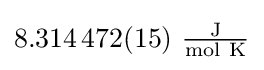
{\textstyle 8.314\,472(15)~{\frac {\mathrm {J} }{\mathrm {mol~K} }}}